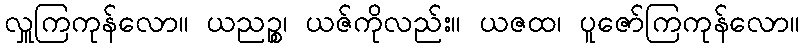
လှူကြကုန်လော။ ယညဉ္စ၊ ယဇ်ကိုလည်း။ ယဇထ၊ ပူဇော်ကြကုန်လော။